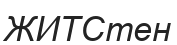
ЖИТСтен